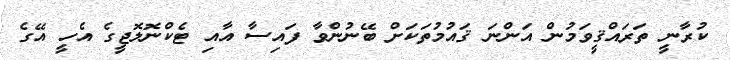
ކުރާނީ ތަރައްޤީވަމުން އަންނަ ޤައުމުތަކަށް ބޭނުންވާ ފައިސާ އާއި ޓެކްނޮލޮޖީގެ އެހީ އޭގެ